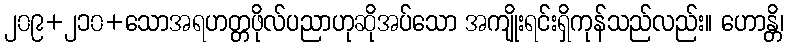
၂၀၉+၂၁၀+သောအရဟတ္တဖိုလ်ပညာဟုဆိုအပ်သော အကျိုးရင်းရှိကုန်သည်လည်း။ ဟောန္တိ၊